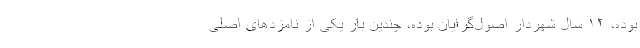
بوده، ۱۲ سال شهردار اصول‌گرایان بوده، چندین بار یکی از نامزدهای اصلی